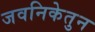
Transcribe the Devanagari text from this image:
जवनिकेतुन